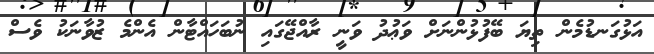
އަޅުގަނޑުމެން ތިޔަ ބޭފުޅުންނަށް ވަޢުދު ވަނީ ރާއްޖޭގައި ނުބަހައްޓާން އެންމެ ޒުވާނަކު ވެސް